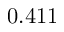
0 . 4 1 1